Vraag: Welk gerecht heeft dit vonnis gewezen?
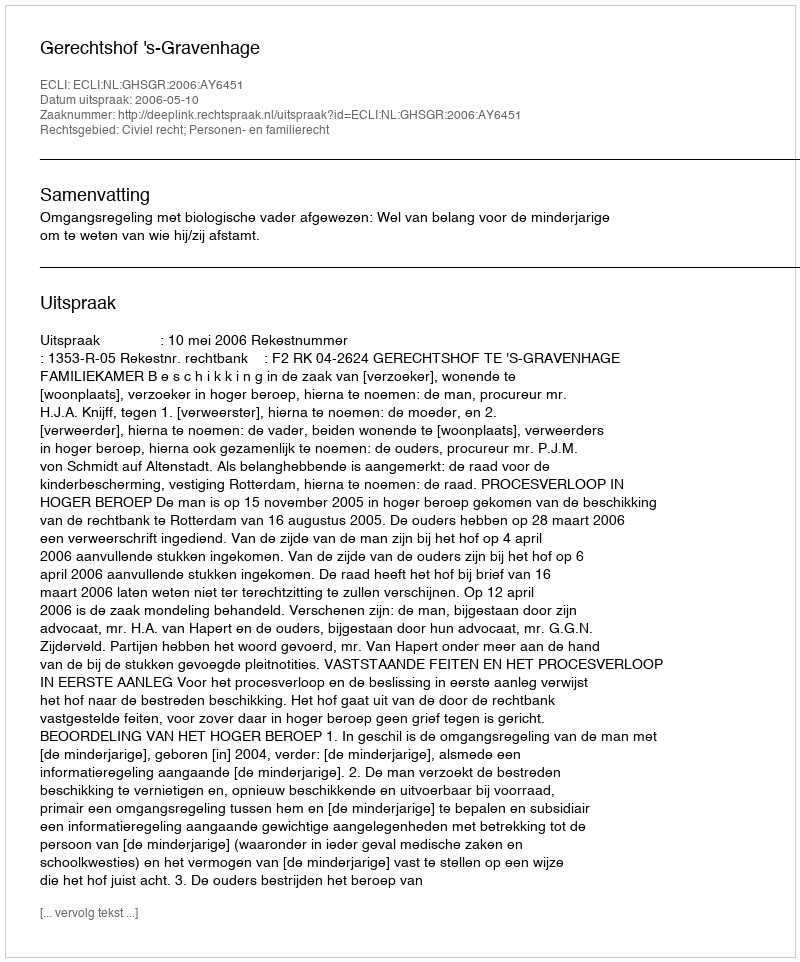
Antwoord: Gerechtshof 's-Gravenhage